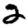
Digit: 2